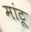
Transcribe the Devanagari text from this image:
मांटू